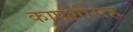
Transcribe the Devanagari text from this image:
कापशीसह